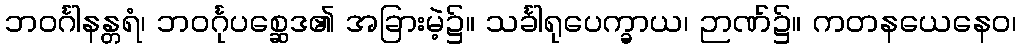
ဘဝင်္ဂါနန္တရံ၊ ဘဝင်္ဂုပစ္ဆေဒ၏ အခြားမဲ့၌။ သင်္ခါရုပေက္ခာယ၊ ဉာဏ်၌။ ကတနယေနေဝ၊